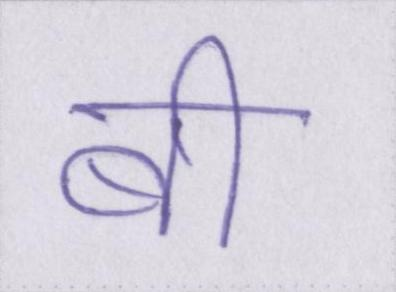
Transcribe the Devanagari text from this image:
बी